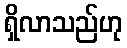
ရှိလာသည်ဟု